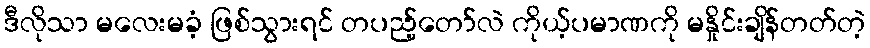
ဒီလိုသာ မလေးမခံ့ ဖြစ်သွားရင် တပည့်တော်လဲ ကိုယ့်ပမာဏကို မနှိုင်းချိန်တတ်တဲ့